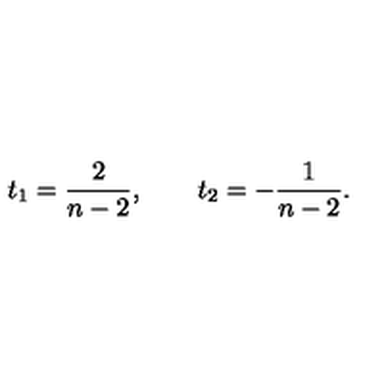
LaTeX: t _ { 1 } = { \frac { 2 } { n - 2 } } , \qquad t _ { 2 } = - { \frac { 1 } { n - 2 } } .